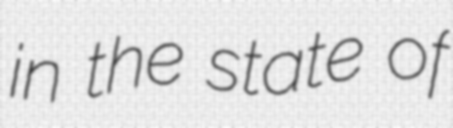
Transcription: in the state of